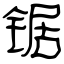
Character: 锯